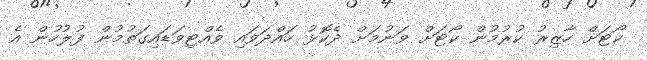
ކޯޓަށް ހާޒިރު ކުރުމުން ކޯޓަށް ވަނުމަށް ދެކޮޅު ހައްދަވައި ވެއްޓިވަޑައިގަތުމުން ފުލުހުން އެ